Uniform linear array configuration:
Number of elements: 48
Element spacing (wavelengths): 0.5
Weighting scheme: binomial
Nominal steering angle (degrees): -60
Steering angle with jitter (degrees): -59.891
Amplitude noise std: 0.05
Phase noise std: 0.05

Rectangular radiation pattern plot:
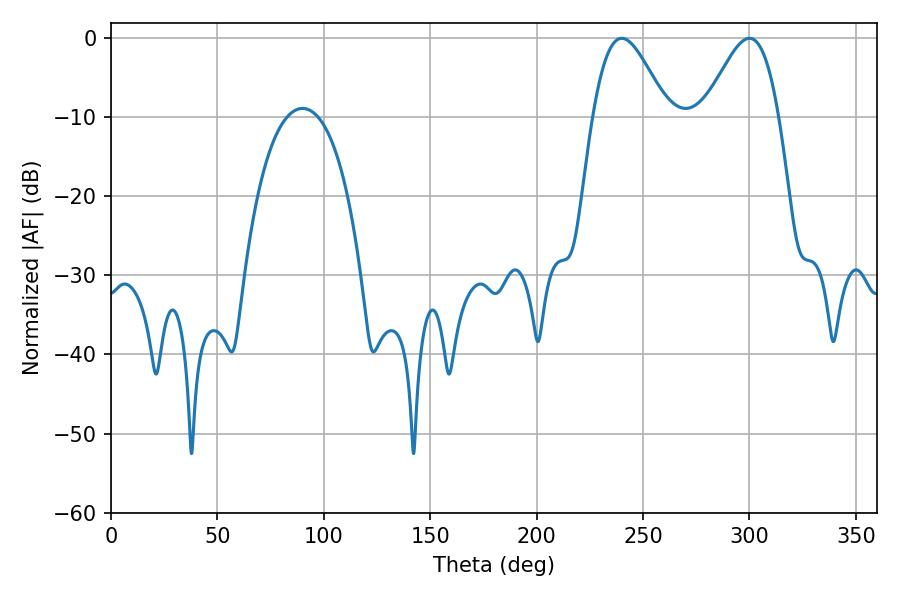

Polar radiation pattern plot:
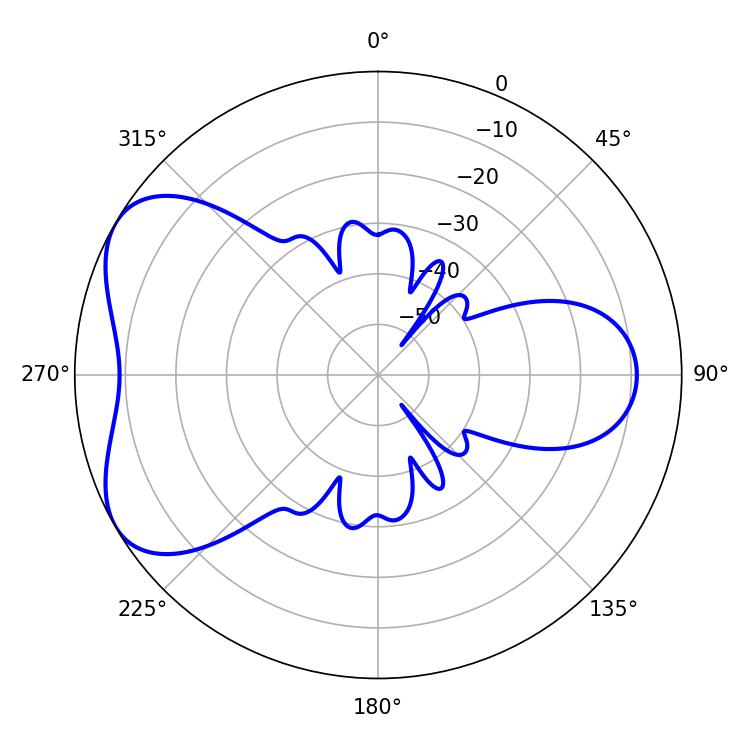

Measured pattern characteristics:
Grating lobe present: FALSE
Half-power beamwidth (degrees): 18.54
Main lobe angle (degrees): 239.94